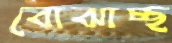
বোঝাচ্ছ